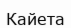
Кайета